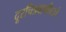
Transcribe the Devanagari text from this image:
दूरचित्रवाणीवरचे